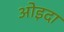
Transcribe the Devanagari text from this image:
ओइदा